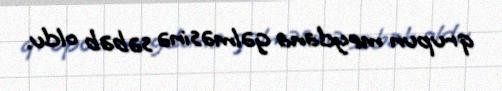
qrupun meydana gəlməsinə səbəb oldu.